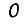
Digit: 0